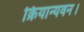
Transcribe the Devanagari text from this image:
क्रियान्यवन।